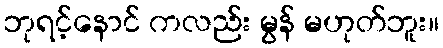
ဘုရင့်နောင် ကလည်း မွန် မဟုတ်ဘူး။